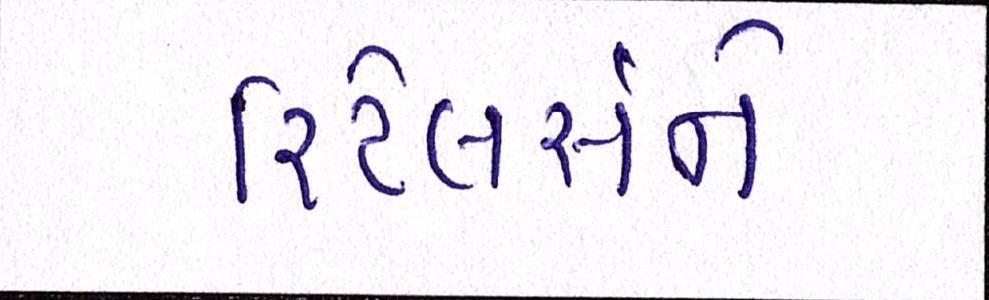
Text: રિટેલર્સને